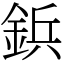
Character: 鋲